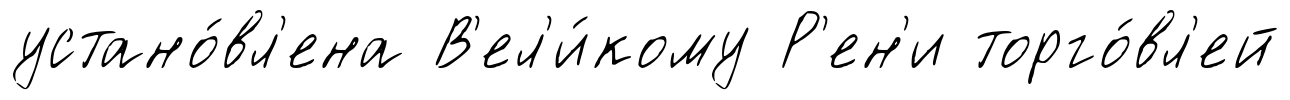
устано́вл'ена В'ел'и́кому Р'ен'и торго́вл'ей